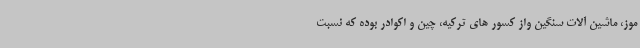
موز، ماشین آلات سنگین واز کسور های ترکیه، چین و اکوادر بوده که نسبت